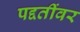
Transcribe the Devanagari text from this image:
पद्दतींवर